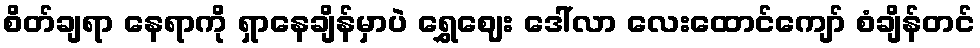
စိတ်ချရာ နေရာကို ရှာနေချိန်မှာပဲ ရွှေဈေး ဒေါ်လာ လေးထောင်ကျော် စံချိန်တင်